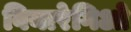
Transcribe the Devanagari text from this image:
वियारेगिओ